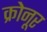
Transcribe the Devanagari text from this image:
क्रोनूर